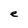
Character: e